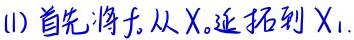
(1) 首先,将$f$从$X_{0}$延拓到$X_{1}.$